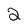
Character: 2